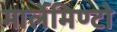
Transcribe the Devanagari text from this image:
मार्लेमिण्टो